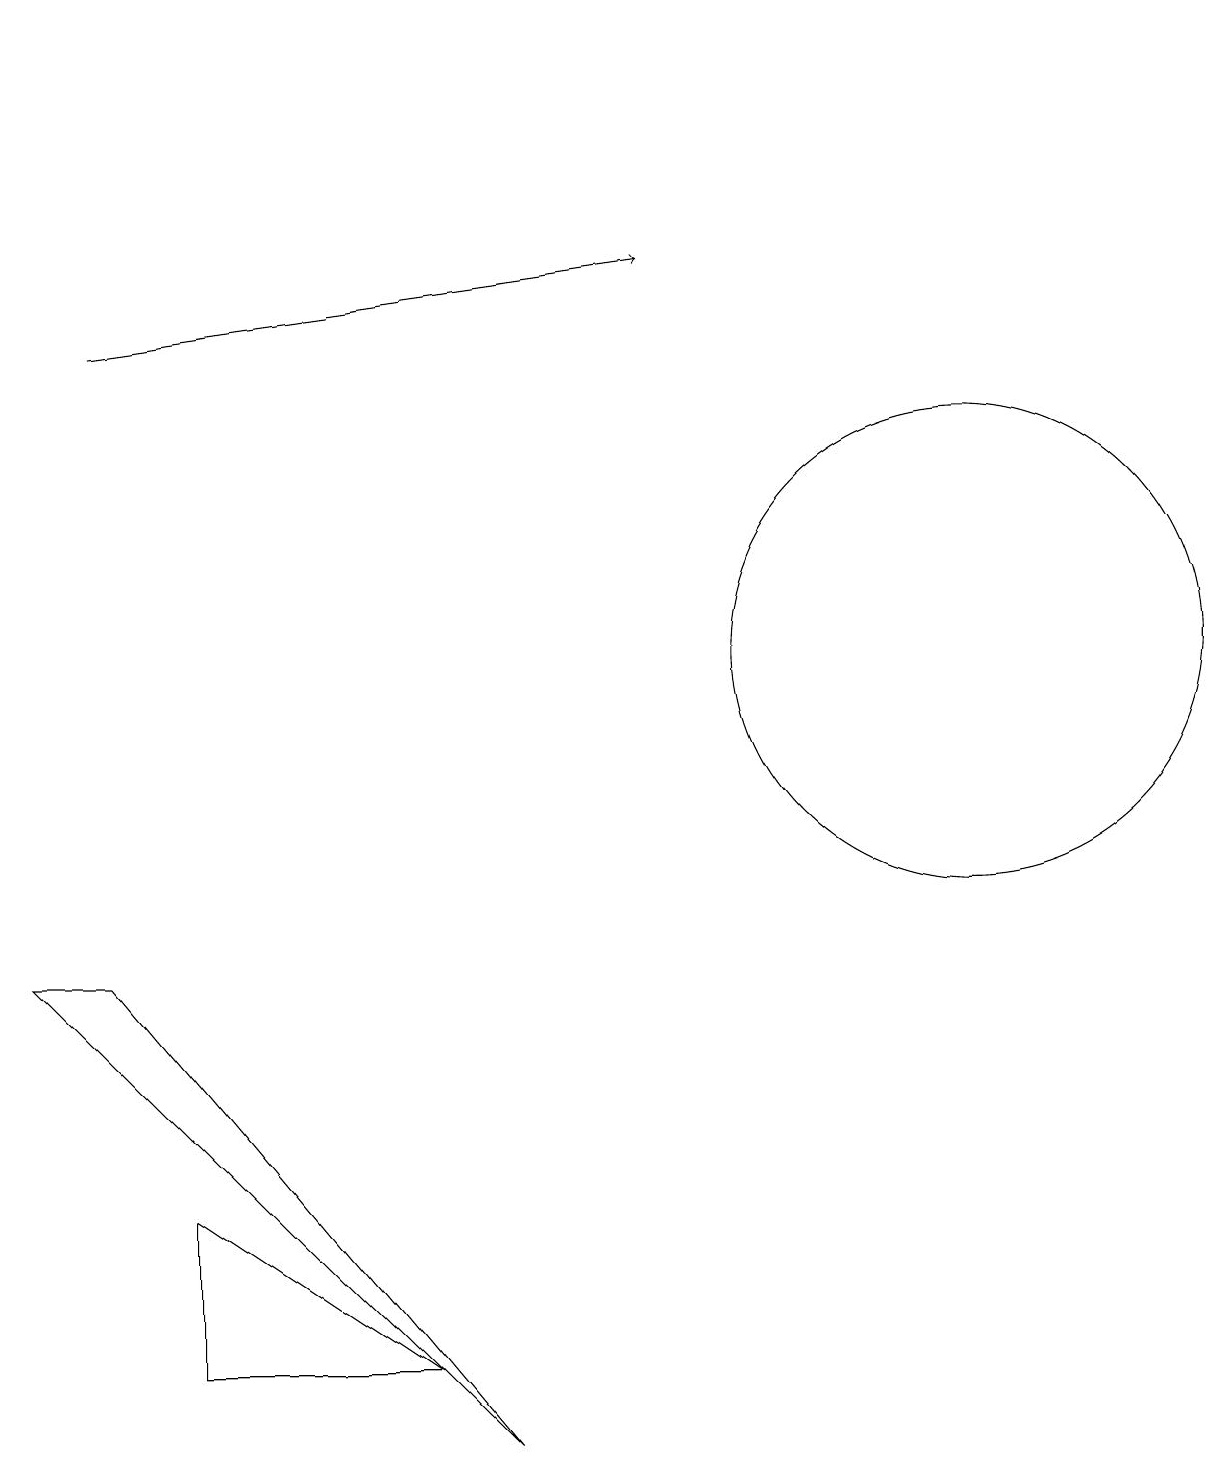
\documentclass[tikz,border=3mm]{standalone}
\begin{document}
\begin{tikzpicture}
\draw (1,6) -- (0,6) -- (6,0) -- cycle;
\draw[->] (1,14) -- (8,15);
\draw (12,10) circle (3);
\draw (5,18) rectangle (5,18);
\draw (2,1) -- (5,1) -- (2,3) -- cycle;
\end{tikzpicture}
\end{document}